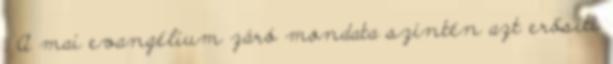
. A mai evangélium záró mondata szintén azt erősíti